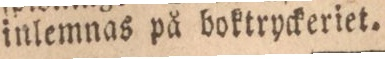
inlemnas på boktryckeriet.